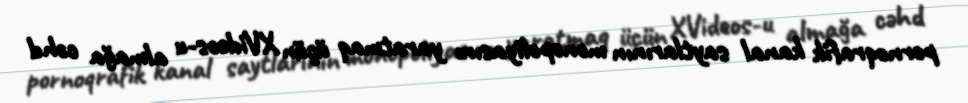
pornoqrafik kanal saytlarının monopoliyasını yaratmaq üçün XVideos-u almağa cəhd